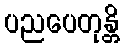
ပညပေတုန္တိ